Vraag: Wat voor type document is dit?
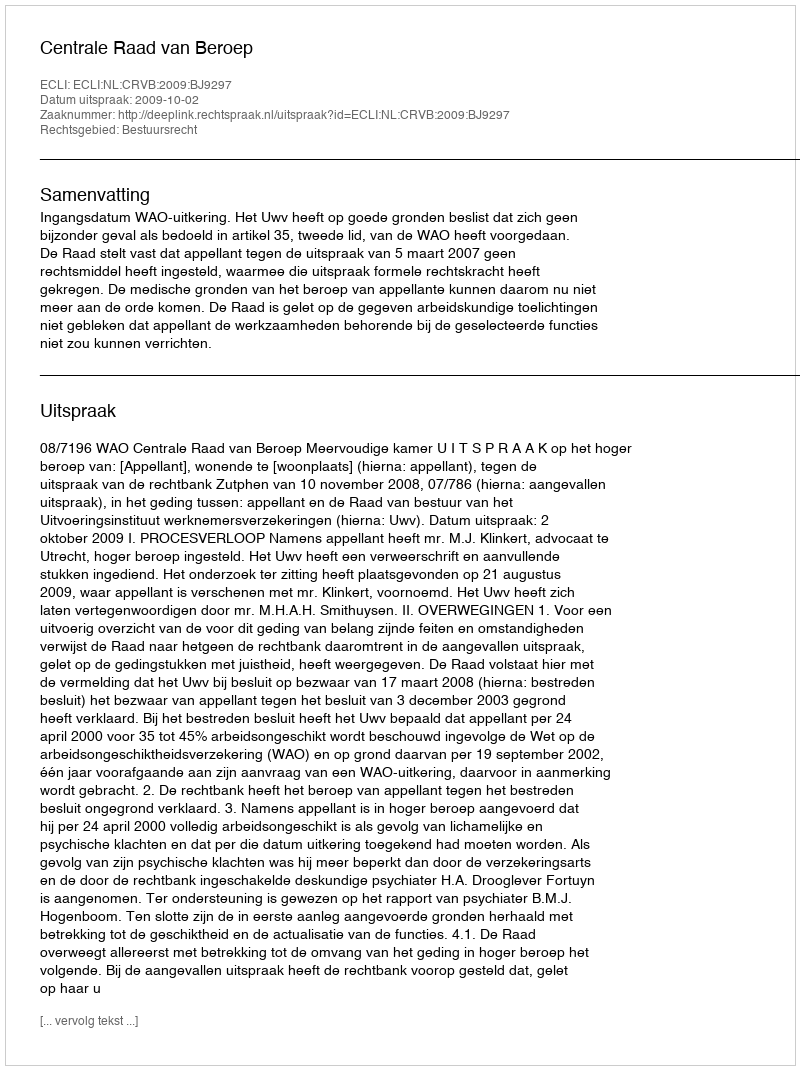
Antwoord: Uitspraak